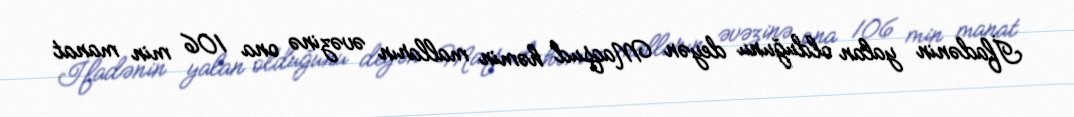
İfadənin yalan olduğunu deyən Maqsud həmin malların əvəzinə ona 106 min manat